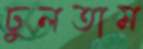
ঢুলতাম